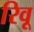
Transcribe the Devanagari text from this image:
रिवू